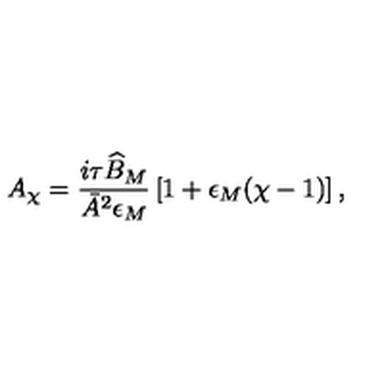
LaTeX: A _ { \chi } = \frac { i \tau \widehat { B } _ { M } } { \bar { A } ^ { 2 } \epsilon _ { M } } \left[ 1 + \epsilon _ { M } ( \chi - 1 ) \right] ,